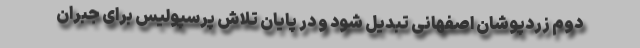
دوم زردپوشان اصفهانی تبدیل شود و در پایان تلاش پرسپولیس برای جبران